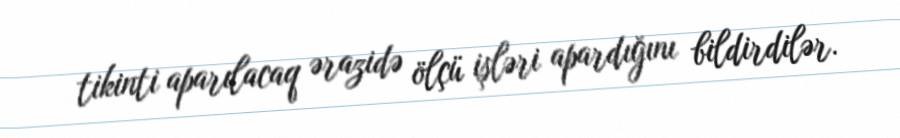
tikinti aparılacaq ərazidə ölçü işləri apardığını bildirdilər.